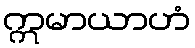
ဣမာယာဟံ